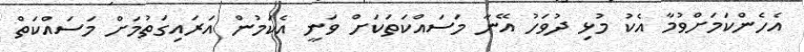
އެހެންކަމަށްވުމާ އެކު މުޅި ދުވަހު އޭނާ މަސައްކަތަކަށް ވަނީ އެކަމުން އަރައިގަތުމަށް މަސައްކަތް